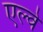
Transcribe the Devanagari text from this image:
एल्वे